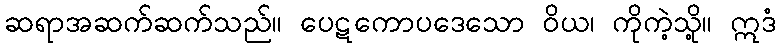
ဆရာအဆက်ဆက်သည်။ ပေဋကောပဒေသော ဝိယ၊ ကိုကဲ့သို့။ ဣဒံ